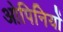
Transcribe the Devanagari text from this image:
ओपिनियों